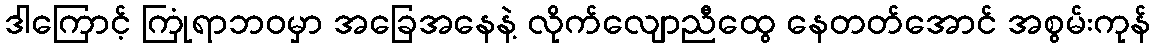
ဒါကြောင့် ကြုံရာဘဝမှာ အခြေအနေနဲ့ လိုက်လျောညီထွေ နေတတ်အောင် အစွမ်းကုန်